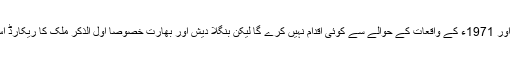
بنگلا دیش پاکستان اور بھارت کے درمیان اگرچہ یہ معاہدہ موجود ہے کہ کوئی ملک 1970ء اور 1971ء کے واقعات کے حوالے سے کوئی اقدام نہیں کرے گا لیکن بنگلا دیش اور بھارت خصوصاً اول الذکر ملک کا ریکارڈ اس حوالے سے نہایت خراب ہے اور اب تک تو درجن بھر رہنماؤں کو پھانسیاں دی جاچکی ہیں۔